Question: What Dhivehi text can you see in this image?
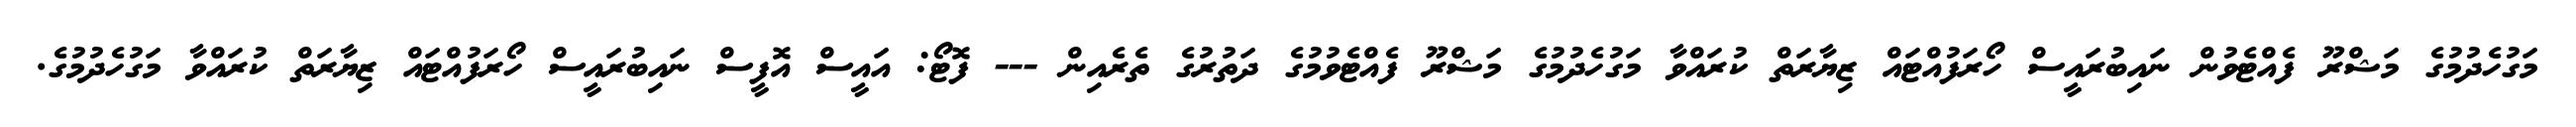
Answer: މަގުހެދުމުގެ މަޝްރޫ ފެއްޓެވުން ނައިބުރައީސް ހޯރަފުއްޓައް ޒިޔާރަތް ކުރައްވާ މަގުހެދުމުގެ މަޝްރޫ ފެއްޓެވުމުގެ ދަތުރުގެ ތެރެއިން --- ފޮޓޯ: އައީސް އޮފީސް ނައިބުރައީސް ހޯރަފުއްޓައް ޒިޔާރަތް ކުރައްވާ މަގުހެދުމުގެ.